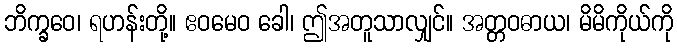
ဘိက္ခဝေ၊ ရဟန်းတို့။ ဧဝမေဝ ခေါ၊ ဤအတူသာလျှင်။ အတ္တဝဓာယ၊ မိမိကိုယ်ကို